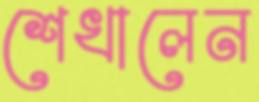
শেখালেন